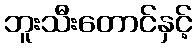
ဘူးသီးတောင်နှင့်